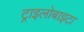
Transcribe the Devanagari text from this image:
ट्राइलोबाइटा